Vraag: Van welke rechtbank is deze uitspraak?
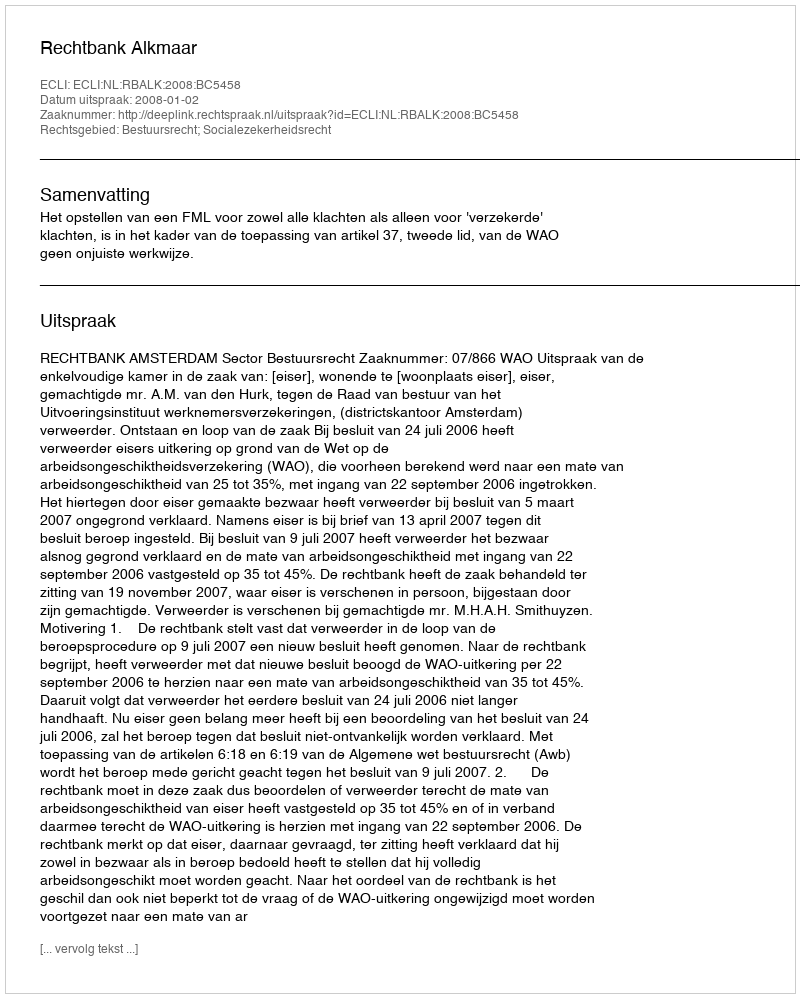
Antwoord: Rechtbank Alkmaar